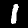
Digit: 1